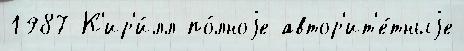
1987 К'ир'и́лл по́лноjе автор'ит'е́тныjе